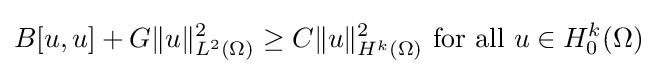
B[u,u]+G\|u\|_{L^{2}(\Omega )}^{2}\geq C\|u\|_{H^{k}(\Omega )}^{2}{\mbox{ for all }}u\in H_{0}^{k}(\Omega )